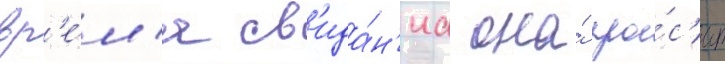
вр'е́м'я св'ида́н'иа она́ про́с'ит